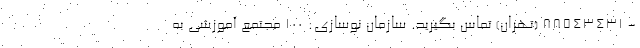
- 88543431 (تهران) تماس بگیرید. سازمان نوسازی: 100 مجتمع آموزشی به